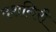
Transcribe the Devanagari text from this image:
दशगिरी